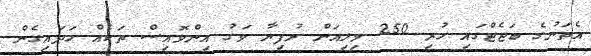
އެތަނުގެ ބަޖެޓްގައި ހުރި 250 މިލިއަން ރުފިޔާ ވަގު އިންވޮއިސް ތަކެއް ހަދައިގެން